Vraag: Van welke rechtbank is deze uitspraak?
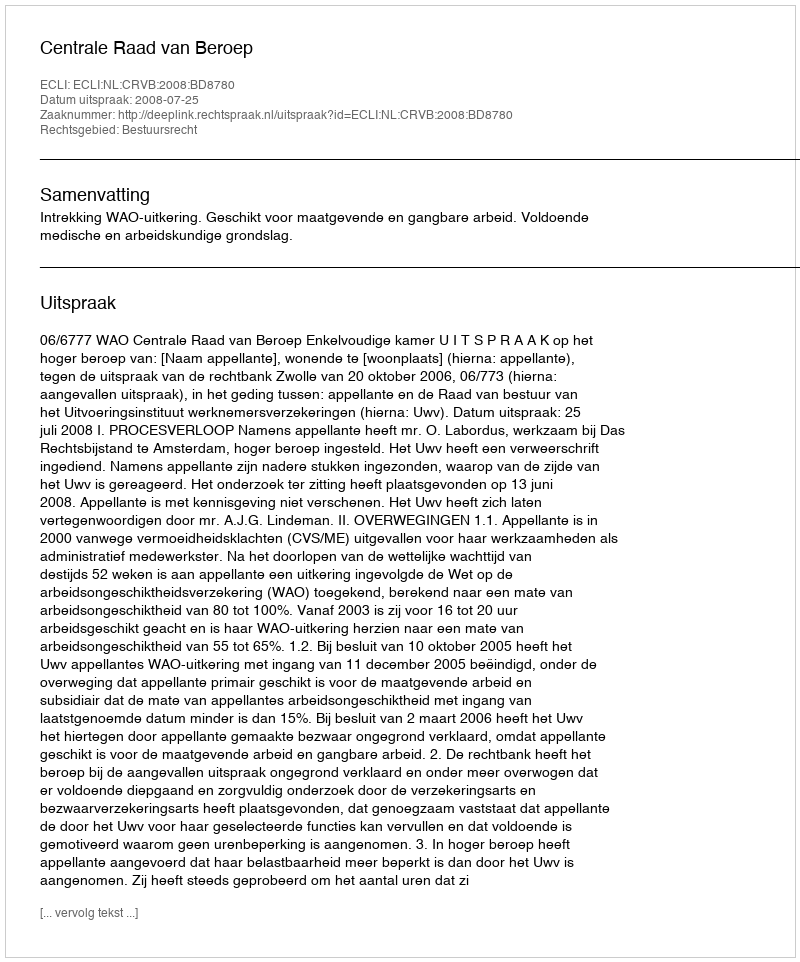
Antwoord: Centrale Raad van Beroep